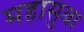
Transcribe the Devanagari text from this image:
महासुबा